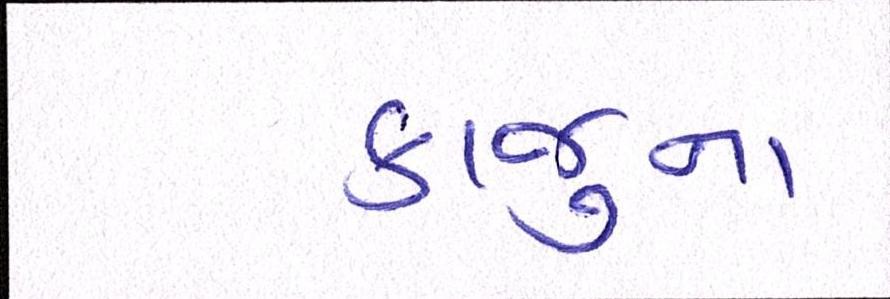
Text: કાજુના